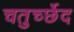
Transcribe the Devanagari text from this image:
चतुर्च्छेद